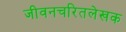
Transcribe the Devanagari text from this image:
जीवनचरितलेखक